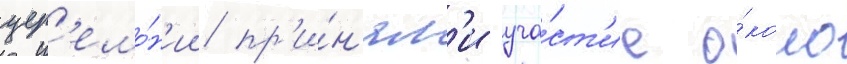
цер'емо́н'ии пр'и́н'ял'и уча́ст'ие о́коло